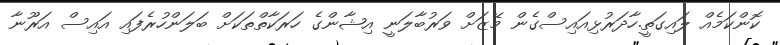
ކޮންކަމެއް ލައިގަތީ.ހާދަރުޅިއައިސްގެން މޭޒަށް ވަރުބާލަނީ އިޝާންގެ ހަރަކާތްތަކަށް ބަލަންހުރެފައި އައިސް އަރޫނާ